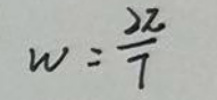
\[
w=\frac{2\pi}{T}
\]